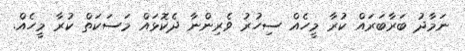
ނަމާދު ބަރާބަރައް ކުރާ މީހެއް ސިހުރު ވެރިންނާ ދެކޮޅައް މަސަކަތް ކުރާ މީހެއް.